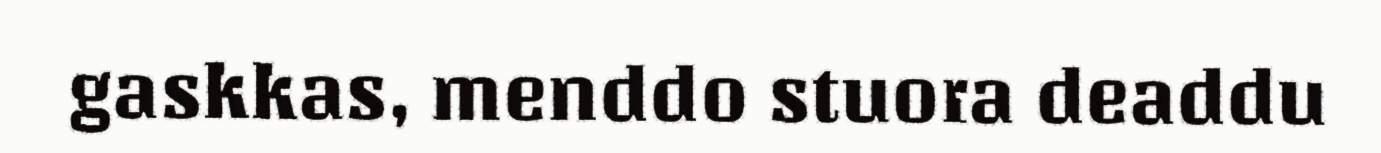
gaskkas, menddo stuora deaddu